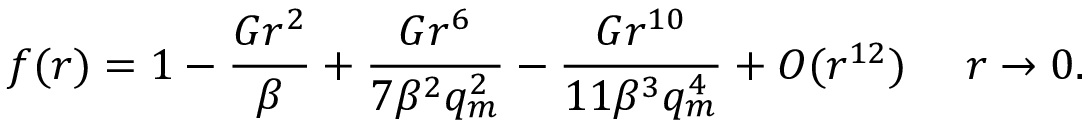
f ( r ) = 1 - \frac { G r ^ { 2 } } { \beta } + \frac { G r ^ { 6 } } { 7 \beta ^ { 2 } q _ { m } ^ { 2 } } - \frac { G r ^ { 1 0 } } { 1 1 \beta ^ { 3 } q _ { m } ^ { 4 } } + { \cal O } ( r ^ { 1 2 } ) ~ ~ ~ ~ r \rightarrow 0 .